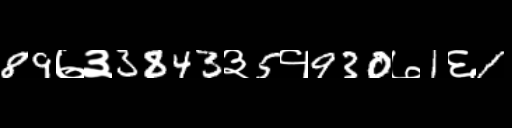
Text: 89७३3843३5१930७1६1